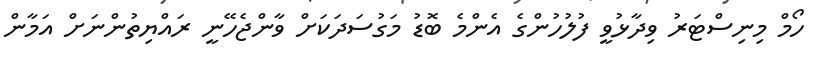
ހޯމް މިނިސްޓަރު ވިދާޅުވީ ފުލުހުންގެ އެންމެ ބޮޑު މަގުސަދަކަށް ވާންޖެހޭނީ ރައްޔިތުންނަށް އަމާން